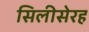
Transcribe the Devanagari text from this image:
सिलीसेरह